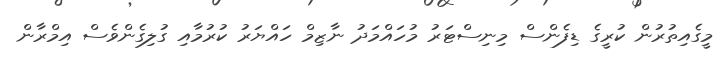
މީގެއިތުރުން ކުރީގެ ޑިފެންސް މިނިސްޓަރު މުހައްމަދު ނާޒިމް ހައްޔަރު ކުރުމާއި ގުލިގެންވެސް އިމްރާން